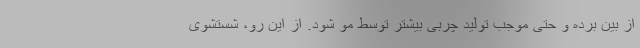
از بین برده و حتی موجب تولید چربی بیشتر توسط مو شود. از این رو، شستشوی